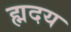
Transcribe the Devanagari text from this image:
ह्मदय